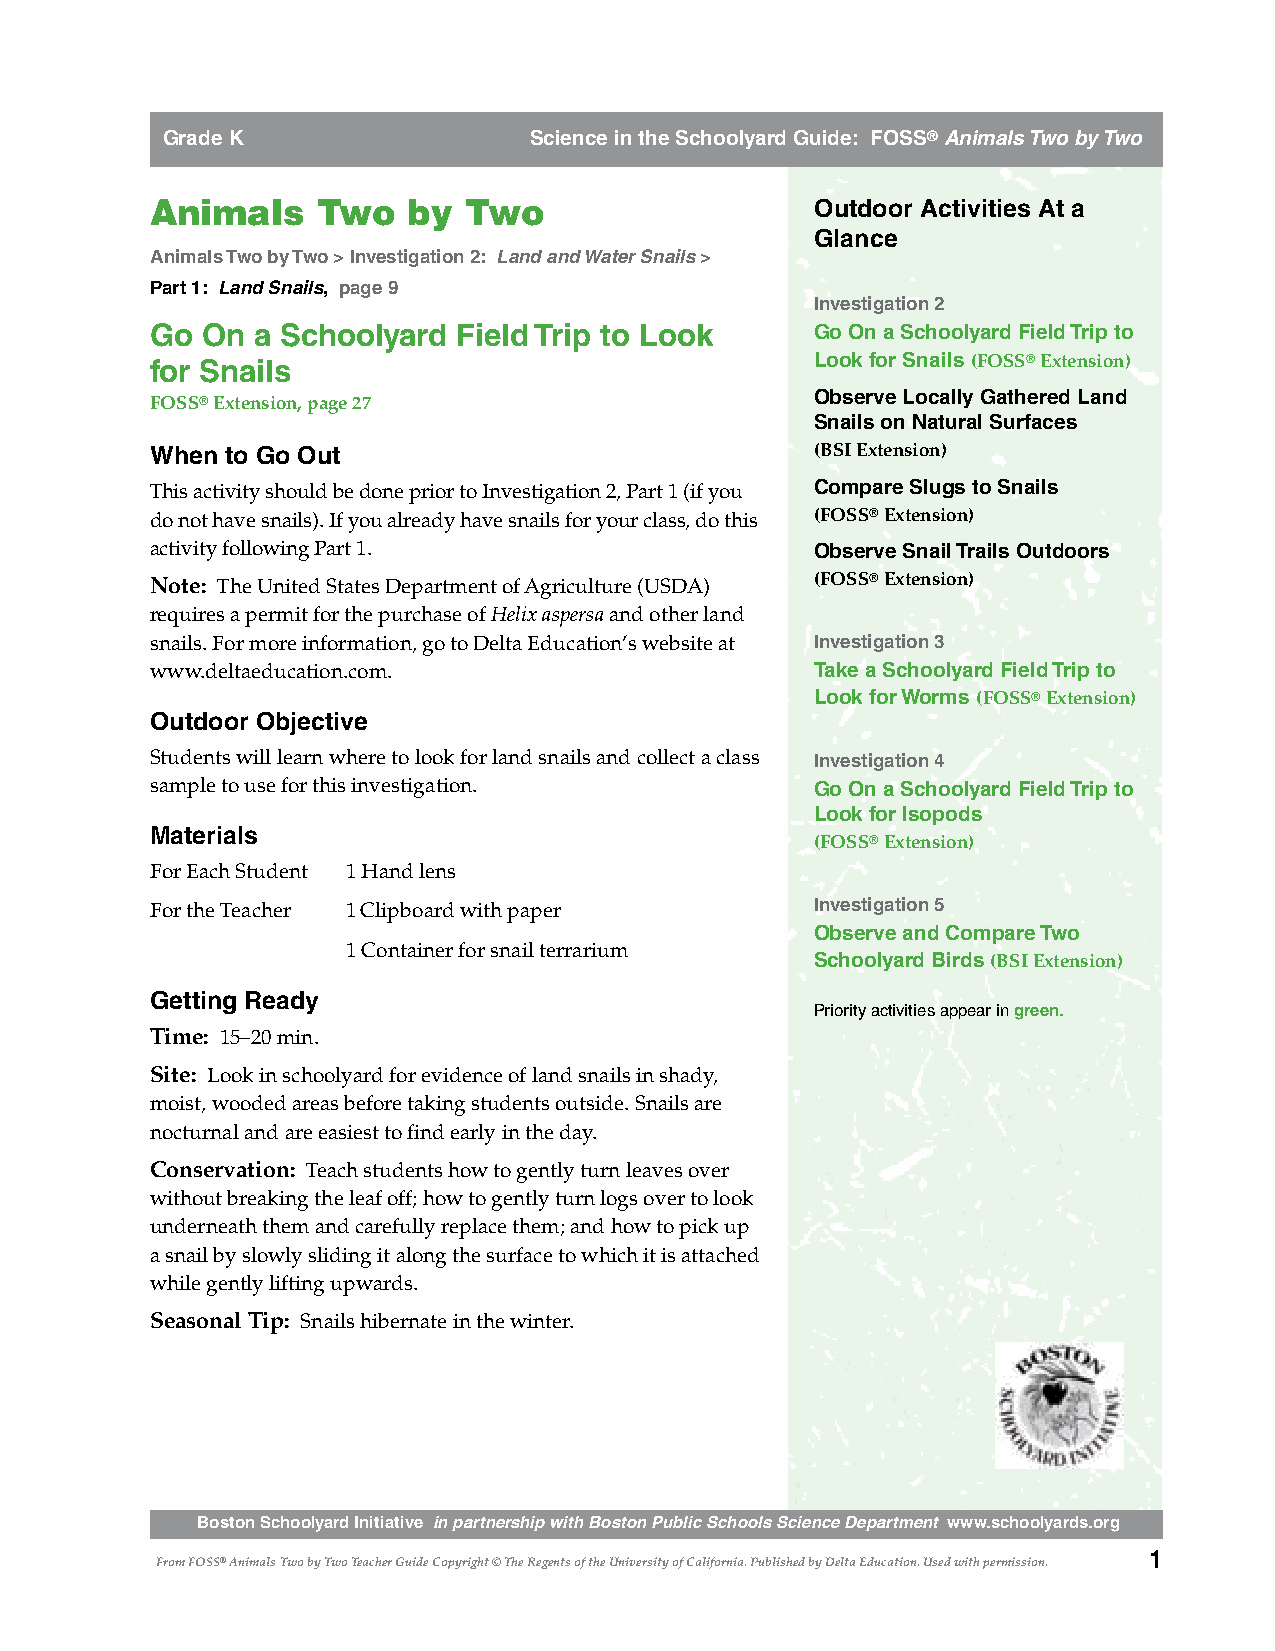
Grade K                 Science in the Schoolyard Guide: FOSS® Animals Two by Two
 Animals    Two   by  Two                    Outdoor Activities At a
 Glance
 Animals Two by Two > Investigation 2: Land and Water Snails >
 Part 1: Land Snails, page 9
 Investigation 2
 Go On  a Schoolyard Field Trip to Look      Go On a Schoolyard Field Trip to
 for Snails                                  Look for Snails (FOSS® Extension)
 Observe Locally Gathered Land
 FOSS® Extension, page 27
 Snails on Natural Surfaces
 When to Go Out                              (BSI Extension)
 This activity should be done prior to Investigation 2, Part 1 (if you Compare Slugs to Snails
 do not have snails). If you already have snails for your class, do this (FOSS® Extension)
 activity following Part 1.                  Observe Snail Trails Outdoors
 Note: The United States Department of Agriculture (USDA) (FOSS® Extension)
 requires a permit for the purchase of Helix aspersa and other land
 snails. For more information, go to Delta Education’s website at Investigation 3
 www.deltaeducation.com.                     Take a Schoolyard Field Trip to
 Look for Worms (FOSS® Extension)
 Outdoor Objective
 Students will learn where to look for land snails and collect a class Investigation 4
 sample to use for this investigation.       Go On a Schoolyard Field Trip to
 Look for Isopods
 Materials
 (FOSS® Extension)
 For Each Student 1 Hand lens
 For the Teacher 1 Clipboard with paper      Investigation 5
 Observe and Compare Two
 1 Container for snail terrarium
 Schoolyard Birds (BSI Extension)
 Getting Ready
 Priority activities appear in green.
 Time: 15–20 min.
 Site: Look in schoolyard for evidence of land snails in shady,
 moist, wooded areas before taking students outside. Snails are
 nocturnal and are easiest to find early in the day.
 Conservation: Teach students how to gently turn leaves over
 without breaking the leaf off; how to gently turn logs over to look
 underneath them and carefully replace them; and how to pick up
 a snail by slowly sliding it along the surface to which it is attached
 while gently lifting upwards.
 Seasonal Tip: Snails hibernate in the winter.
 Boston Schoolyard Initiative in partnership with Boston Public Schools Science Department www.schoolyards.org
 1
 From FOSS® Animals Two by Two Teacher Guide Copyright © The Regents of the University of California. Published by Delta Education. Used with permission.